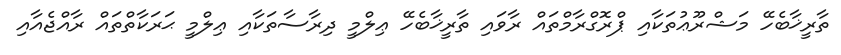
ތާރީޚާބެހޭ މަޝްރޫޢުތަކާއި ޕްރޮގްރާމްތައް ރާވައި ތާރީޚާބެހޭ ޢިލްމީ ދިރާސާތަކާއި ޢިލްމީ ޙަރަކާތްތައް ރާއްޖެއާއި